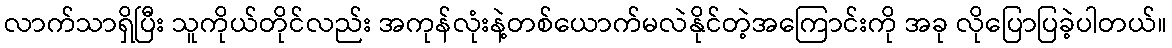
လာက်သာရှိပြီး သူကိုယ်တိုင်လည်း အကုန်လုံးနဲ့တစ်ယောက်မလဲနိုင်တဲ့အကြောင်းကို အခု လိုပြောပြခဲ့ပါတယ်။